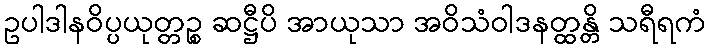
ဥပါဒါနဝိပ္ပယုတ္တဉ္စ ဆဋ္ဌီပိ အာယုသာ အဝိသံဝါဒနတ္ထန္တိ သရီရကံ